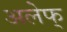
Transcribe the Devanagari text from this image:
अलेफ्